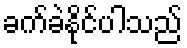
ခက်ခဲနိုင်ပါသည်